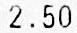
2.50